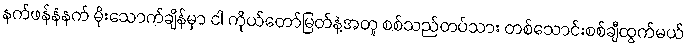
နက်ဖန်နံနက် မိုးသောက်ချိန်မှာ ငါ ကိုယ်တော်မြတ်နဲ့အတူ စစ်သည်တပ်သား တစ်သောင်းစစ်ချီထွက်မယ်